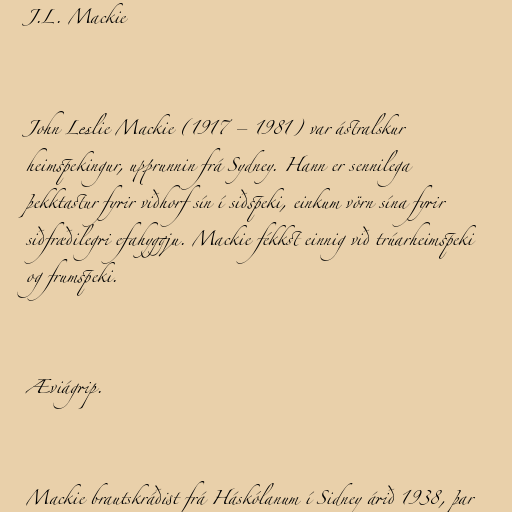
J.L. Mackie

John Leslie Mackie (1917 – 1981) var ástralskur
heimspekingur, upprunnin frá Sydney. Hann er sennilega
þekktastur fyrir viðhorf sín í siðspeki, einkum vörn sína fyrir
siðfræðilegri efahyggju. Mackie fékkst einnig við trúarheimspeki
og frumspeki.

Æviágrip.

Mackie brautskráðist frá Háskólanum í Sidney árið 1938, þar